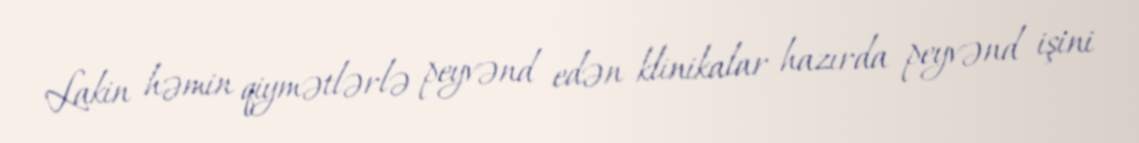
Lakin həmin qiymətlərlə peyvənd edən klinikalar hazırda peyvənd işini